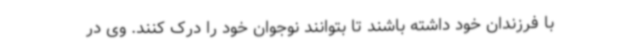
با فرزندان خود داشته باشند تا بتوانند نوجوان خود را درک کنند. وی در